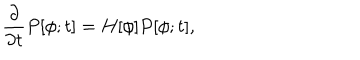
LaTeX: \frac { \partial } { \partial t } P [ \phi ; t ] = H [ \phi ] P [ \phi ; t ] ,